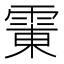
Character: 𱁛